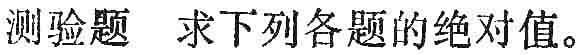
测验题 求下列各题的绝对值。